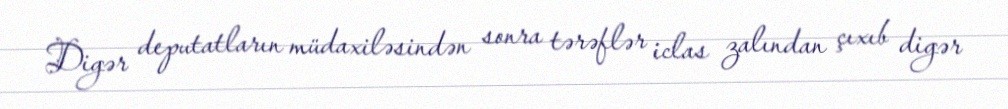
Digər deputatların müdaxiləsindən sonra tərəflər iclas zalından çıxıb digər